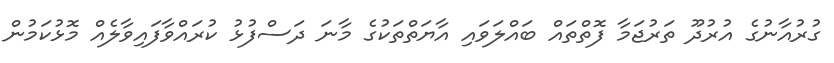
ގުރުއާނުގެ އުރުދޫ ތަރުޖަމާ ފޮތްތައް ބައްލަވައި އާޔަތްތަކުގެ މާނަ ދަސްފުޅު ކުރައްވާފައިވާލެއް މޮޅުކަމުން